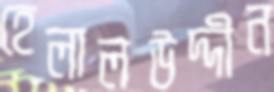
হেলালউদ্দীন